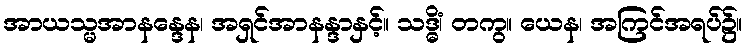
အာယသ္မအာနန္ဒေန၊ အရှင်အာနန္ဒာနှင့်။ သဒ္ဓိံ၊ တကွ။ ယေန၊ အကြင်အရပ်၌။